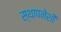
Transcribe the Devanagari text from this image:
स्थापनेशी